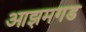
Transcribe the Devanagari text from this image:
आझमगड